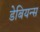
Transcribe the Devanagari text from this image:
डेबियन्स